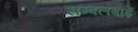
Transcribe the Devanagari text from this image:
सम्बलबाई